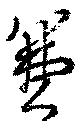
兼